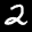
Label: 2